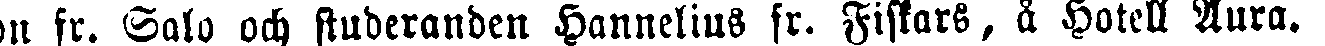
son fr. Salu och studeranden Hannelius fr. Fiskars, å Hotell Aura.